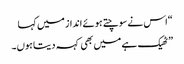
“اس نے سوچتے ہوئے انداز میں کہا
” ٹھیک ہے میں بھی کہہ دیتا ہوں۔